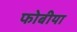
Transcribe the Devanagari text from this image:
फोबीया